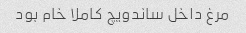
مرغ داخل ساندویچ کاملا خام بود